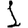
Digit: 1